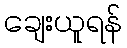
ချေးယူရန်